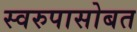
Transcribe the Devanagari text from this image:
स्वरुपासोबत